Annual vaccination report of Bihar and Orissa - 1911-1928
Year: 1911
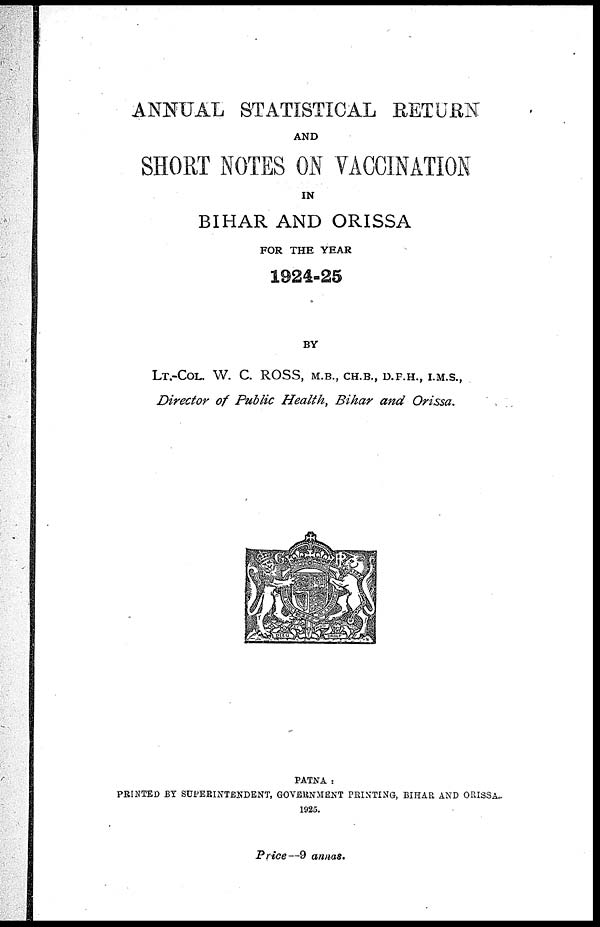
ANNUAL STATISTICAL RETURN
AND
SHORT NOTES ON VACCINATION
IN
BIHAR AND ORISSA
FOR THE YEAR
1924-25
BY
LT.-COL. W. C. ROSS, M.B., CH.B., D.F.H., I.M.S.,
Director of Public Health, Bihar and Orissa.
PATNA :
PRINTED BY SUPERINTENDENT, GOVERNMENT PRINTING, BIHAR AND ORISSA.
1925.
Price—9 annas.